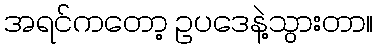
အရင်ကတော့ ဥပဒေနဲ့သွားတာ။